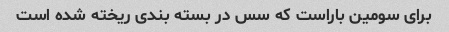
برای سومین باراست که سس در بسته بندی ریخته شده است